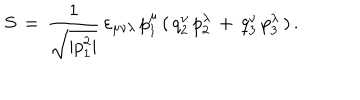
LaTeX: S \, = \, \frac { 1 } { \sqrt { | p _ { 1 } ^ { 2 } | } } \, \varepsilon _ { \mu \nu \lambda } \, p _ { 1 } ^ { \mu } \, ( \, q _ { 2 } ^ { \nu } \, p _ { 2 } ^ { \lambda } \, + \, q _ { 3 } ^ { \nu } \, p _ { 3 } ^ { \lambda } \, ) \, { . }